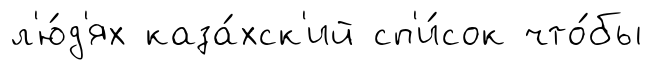
л'ю́д'ях каза́хск'ий сп'и́сок что́бы